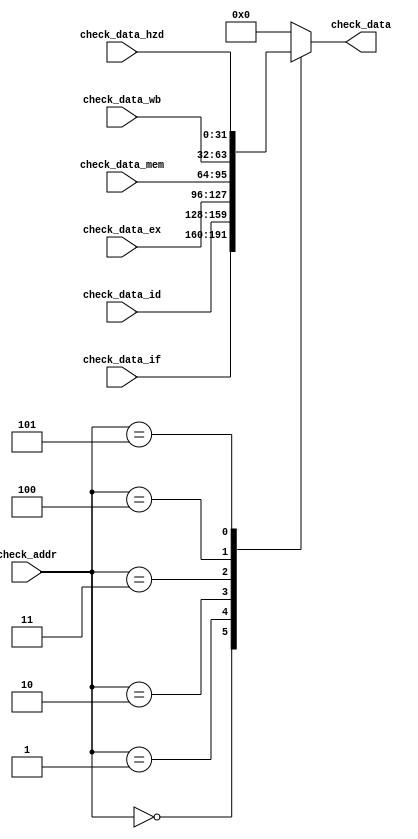
`timescale 1ns / 1ps
/* 
 *   Last update: 2023.05.05
 */

// This is the debug mux written for you.
/* Ports
    Check_Data_SEG_SEL check_data_seg_sel (
        .check_data_if(),
        .check_data_id(),
        .check_data_ex(),
        .check_data_mem(),
        .check_data_wb(),
        .check_data_hzd(),

        .check_addr(),
        .check_data()
    ); 
*/

module Check_Data_SEG_SEL (
    input [31:0]            check_data_if,
    input [31:0]            check_data_id,
    input [31:0]            check_data_ex,
    input [31:0]            check_data_mem,
    input [31:0]            check_data_wb,
    input [31:0]            check_data_hzd,

    input [2:0]             check_addr,
    output reg [31:0]       check_data
);

    always @(*) begin
        case (check_addr)
            3'd0: check_data = check_data_if;
            3'd1: check_data = check_data_id;
            3'd2: check_data = check_data_ex;
            3'd3: check_data = check_data_mem;
            3'd4: check_data = check_data_wb;
            3'd5: check_data = check_data_hzd;
            default: check_data = 0;
        endcase
    end

endmodule